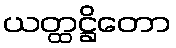
ယတ္ထဋ္ဌိတော